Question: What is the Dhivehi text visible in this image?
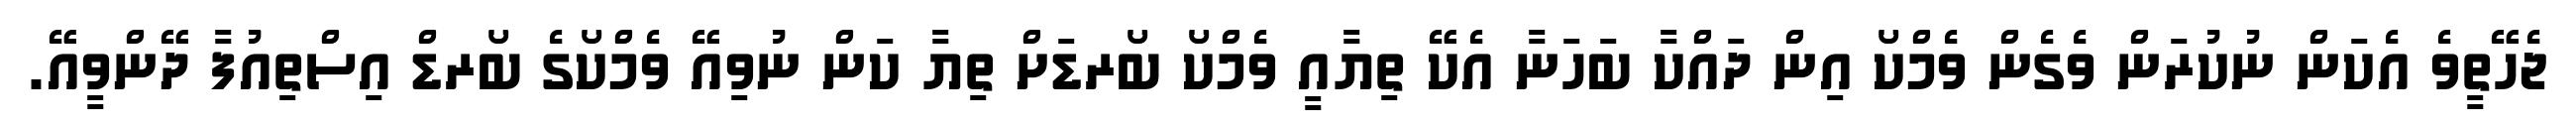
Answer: ޖެހޭތީވެ އެކަން ނުކުރަން ވެގެން ވެމްކޯ އިން ދައްކާ ބަހަނާ އެކޭ ތިޔާއީ ވެމްކޯ ބޯރޑަށް ތިޔާ ކަން ނުވިއޭ ވެމްކޯގެ ބޯރޑް އިސްތިއުފާ ދޭންވީއޭ.